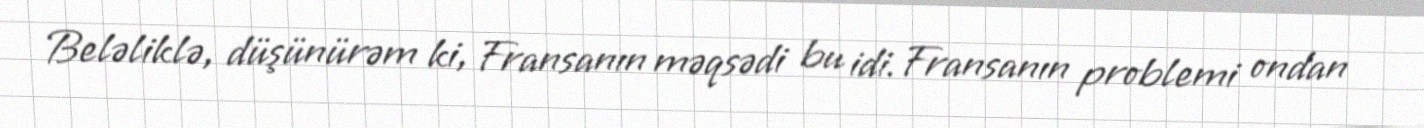
Beləliklə, düşünürəm ki, Fransanın məqsədi bu idi. Fransanın problemi ondan